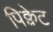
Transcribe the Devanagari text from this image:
पिक्वेट